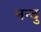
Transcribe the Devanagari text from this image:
नन्दु